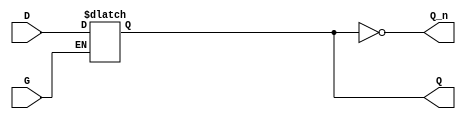
module gated_transparent_latch (
    input wire D,    // Data input
    input wire G,    // Gate/Enable signal
    output reg Q,    // Output
    output wire Q_n  // Complement output
);

    // Assigning the complement of Q to Q_n
    assign Q_n = ~Q;

    // Always block to capture data on the positive edge of the gate signal
    always @(*) begin
        if (G) begin
            // When G is high, Q follows D
            Q = D;
        end
        // When G is low, Q retains its previous value (hold state)
    end

endmodule